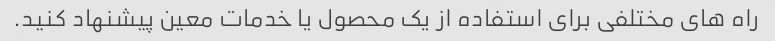
راه های مختلفی برای استفاده از یک محصول یا خدمات معین پیشنهاد کنید.